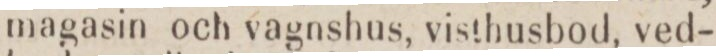
magasin och vagnshus, visthusbod, ved-